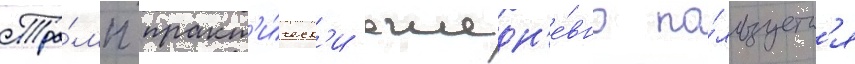
Тра́мп практ'и́ческ'и ежедн'е́вно по́льзуетс'я